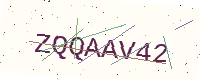
Text: ZQQAAV42